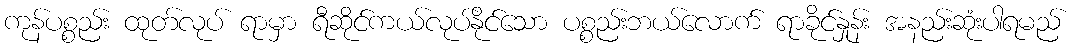
ကုန်ပစ္စည်း ထုတ်လုပ် ရာမှာ ရီဆိုင်ကယ်လုပ်နိုင်သော ပစ္စည်းဘယ်လောက် ရာခိုင်နှုန်း အနည်းဆုံးပါရမည်